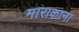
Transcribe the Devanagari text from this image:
माराकाना